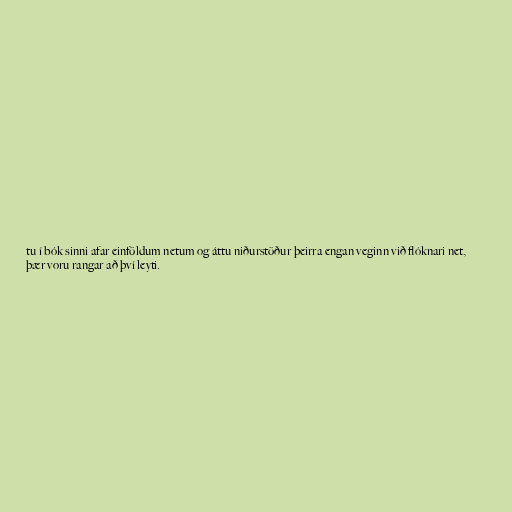
tu í bók sinni afar einföldum netum og áttu niðurstöður þeirra engan veginn við flóknari net,
þær voru rangar að því leyti.